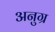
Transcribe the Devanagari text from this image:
अनुग्र